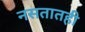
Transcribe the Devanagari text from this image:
नसतातही